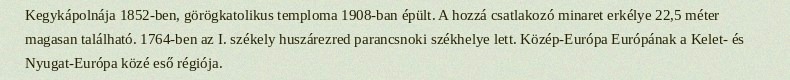
Kegykápolnája 1852-ben, görögkatolikus temploma 1908-ban épült. A hozzá csatlakozó minaret erkélye 22,5 méter magasan található. 1764-ben az I. székely huszárezred parancsnoki székhelye lett. Közép-Európa Európának a Kelet- és Nyugat-Európa közé eső régiója.